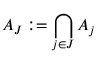
A _ { J } : = \bigcap _ { j \in J } A _ { j }